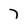
Character: 7